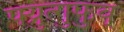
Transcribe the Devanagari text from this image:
फ्य्रुत्गुफुव्